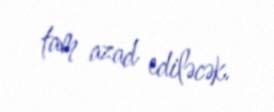
tam azad ediləcək.